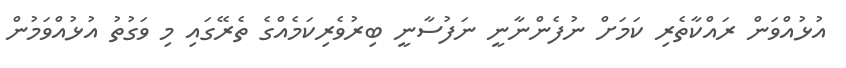
އުޅުއްވަން ރައްކާތެރި ކަމަށް ނުފެންނާނީ ނަފުސާނީ ބިރުވެރިކަމެއްގެ ތެރޭގައި މި ވަގުތު އުޅުއްވަމުން